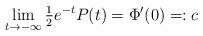
LaTeX: \begin{align*}\lim_{t\rightarrow -\infty}\tfrac{1}{2}e^{-t}P(t)=\Phi'(0)=:c\end{align*}